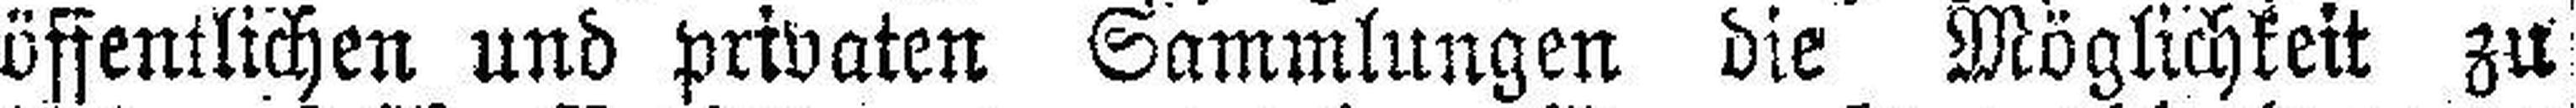
öffentlichen und privaten Sammlungen die Möglichkeit zu